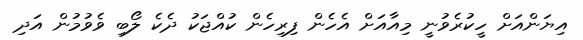
އިޔަންއަށް ހީކުރެވުނީ މިއާއަށް އެހެން ފިރިހެން ކުއްޖަކު ދެކެ ލޯބި ވެވުމުން އަދި